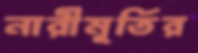
নারীমূর্তির